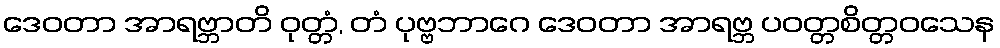
ဒေဝတာ အာရဗ္ဘာတိ ဝုတ္တံ, တံ ပုဗ္ဗဘာဂေ ဒေဝတာ အာရဗ္ဘ ပဝတ္တစိတ္တဝသေန